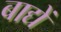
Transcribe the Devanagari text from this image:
बाद्यें